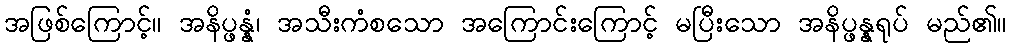
အဖြစ်ကြောင့်။ အနိပ္ဖန္နံ၊ အသီးကံစသော အကြောင်းကြောင့် မပြီးသော အနိပ္ဖန္နရုပ် မည်၏။